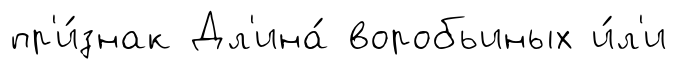
пр'и́знак Дл'ина́ воробьиных и́л'и